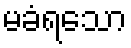
မခံရသော